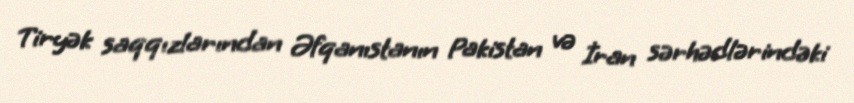
Tiryək saqqızlarından Əfqanıstanın Pakistan və İran sərhədlərindəki